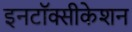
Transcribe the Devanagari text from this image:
इनटॉक्सीकेशन